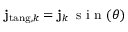
\mathbf { j } _ { \mathrm { t a n g } , k } = \mathbf { j } _ { k } \, \mathrm { ~ s ~ i ~ n ~ } ( \theta )